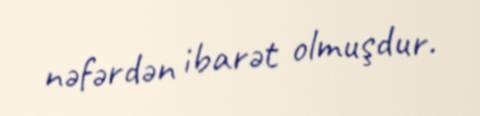
nəfərdən ibarət olmuşdur.